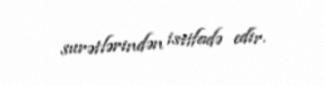
surətlərindən istifadə edir.